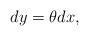
LaTeX: \begin{align*}dy = \theta dx,\end{align*}